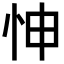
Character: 𢘊